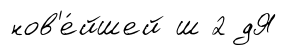
нов'е́йшей ш 2 дЯ